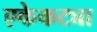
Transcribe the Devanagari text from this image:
एकेकट्या